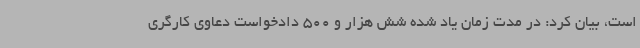
است، بیان کرد: در مدت زمان یاد شده شش هزار و 500 دادخواست دعاوی کارگری